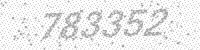
Solution: 783352